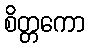
စိတ္တကော